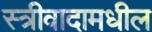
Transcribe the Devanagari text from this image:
स्त्रीवादामधील